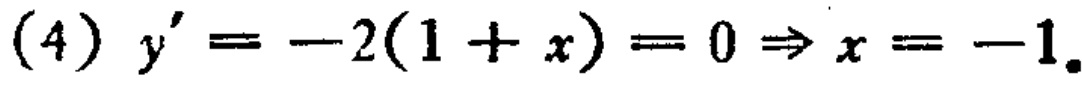
(4) \(y'=-2(1 + x)=0\Rightarrow x=-1\)